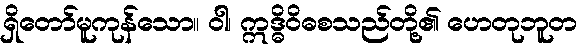
ရှိတော်မူကုန်သော။ ဝါ၊ ဣဒ္ဓိဝိဓစသည်တို့၏ ဟေတုဘူတ